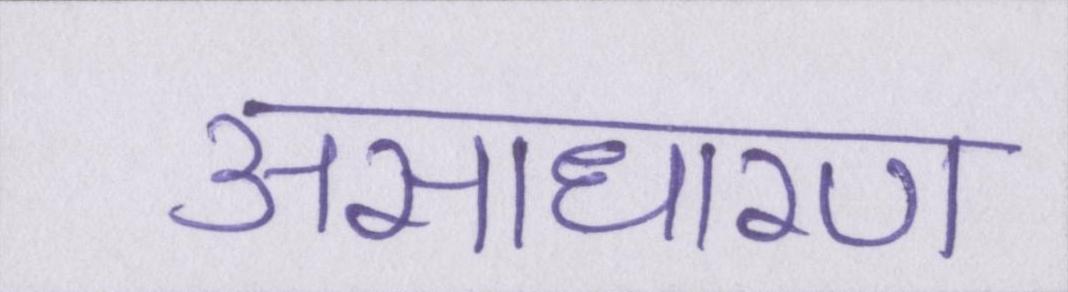
असाधारण